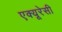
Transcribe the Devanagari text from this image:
एक्यूरेसी